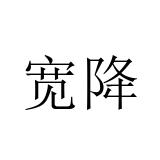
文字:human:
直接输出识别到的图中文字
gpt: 宽降